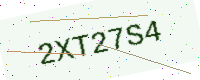
Text: 2XT27S4